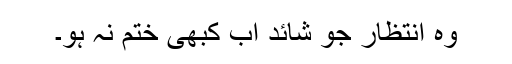
وہ انتظار جو شائد اب کبھی ختم نہ ہو۔